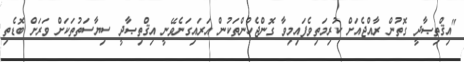
"އިޤްތިޞާދީ ގޮތުން ރާއްޖެއަށް ކުރިމަތިވެފައިމިވާ ގޮންޖެހުންތަކުން އަރައިގަނެވޭނީ އިޤްތިޞާދީ ސިޔާސަތުތަކަށް ވަރަށް ބޮޑެތި